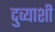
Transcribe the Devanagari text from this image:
दुव्याशी